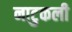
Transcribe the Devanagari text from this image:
नाटुकली